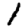
Digit: 1